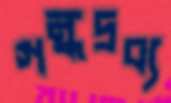
গন্ধদ্রব্য